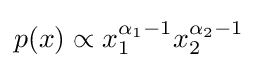
p(x)\propto x_{1}^{\alpha _{1}-1}x_{2}^{\alpha _{2}-1}